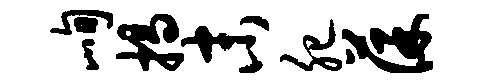
峋揭末肥葆